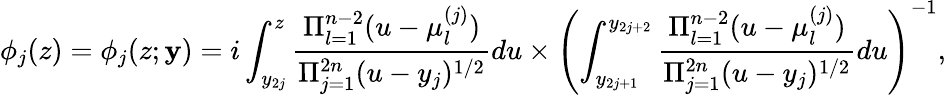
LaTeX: \phi_{j}(z)=\phi_{j}(z;\mathbf{y})=i\int_{y_{2j}}^{z}\frac{\Pi_{l=1}^{n-2}(u-\mu_{l}^{(j)})}{\Pi_{j=1}^{2n}(u-y_{j})^{1/2}}du\times\left(\int_{y_{2j+1}}^{y_{2j+2}}\frac{\Pi_{l=1}^{n-2}(u-\mu_{l}^{(j)})}{\Pi_{j=1}^{2n}(u-y_{j})^{1/2}}du\right)^{-1},